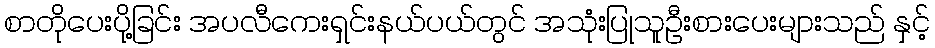
စာတိုပေးပို့ခြင်း အပလီကေးရှင်းနယ်ပယ်တွင် အသုံးပြုသူဦးစားပေးများသည် နှင့်